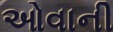
ઓવાની